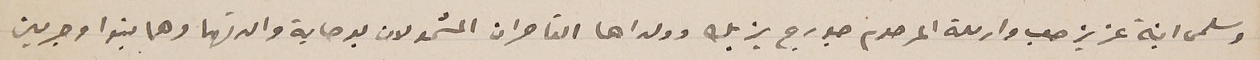
وسلمى ابنة عزيز صعب وارملة المرحوم جورج يزبك وولداها القاصران المشمولان بوصاية والدتهما وهما فيرا وجرمين